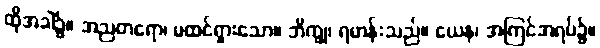
ထိုအခါ၌။ အညတရော၊ မထင်ရှားသော။ ဘိက္ခု၊ ရဟန်းသည်။ ယေန၊ အကြင်အရပ်၌။